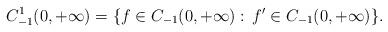
LaTeX: \begin{align*}C_{-1}^1(0,+\infty) = \{ f\in C_{-1}(0,+\infty):\, f^\prime \in C_{-1}(0,+\infty) \}.\end{align*}